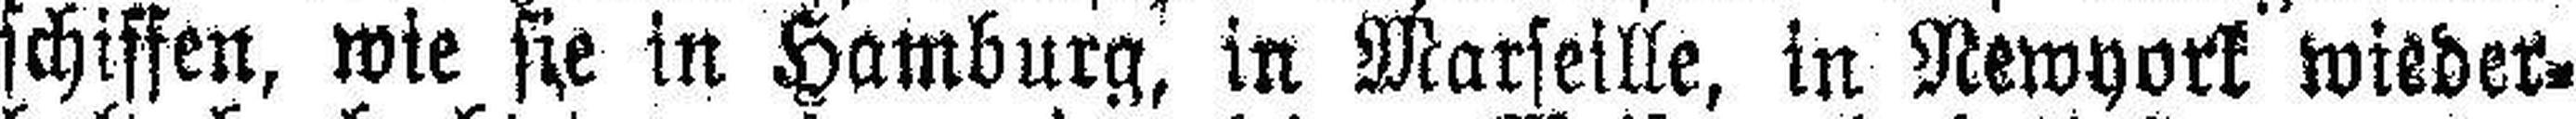
schiffen, wie sie in Hamburg, in Marseille, in Newyork wieder¬